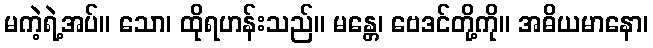
မကဲ့ရဲ့အပ်။ သော၊ ထိုရဟန်းသည်။ မန္တေ၊ ဗေဒင်တို့ကို။ အဓိယမာနော၊